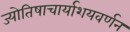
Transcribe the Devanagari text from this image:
ज्योतिषाचार्याशयवर्णन